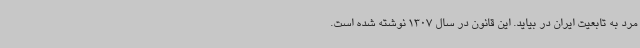
مرد به تابعیت ایران در بیاید. این قانون در سال 1307 نوشته شده است.